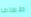
طعاما